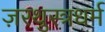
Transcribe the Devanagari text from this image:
ज़रथुस्त्रधर्म